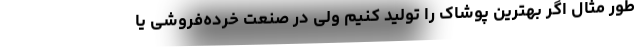
طور مثال اگر بهترین پوشاک را تولید کنیم ولی در صنعت خرده‌فروشی یا